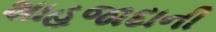
શાહજાદાની